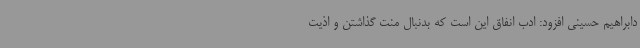
دابراهیم حسینی افزود: ادب انفاق این است که بدنبال منت گذاشتن و اذیت